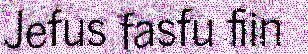
Jefus fasfu fiin